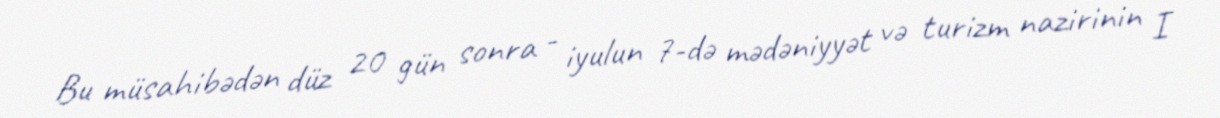
Bu müsahibədən düz 20 gün sonra - iyulun 7-də mədəniyyət və turizm nazirinin I